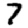
Digit: 7